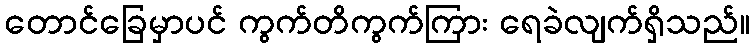
တောင်ခြေမှာပင် ကွက်တိကွက်ကြား ရေခဲလျက်ရှိသည်။